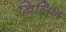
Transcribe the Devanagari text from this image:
ख़िलिन